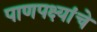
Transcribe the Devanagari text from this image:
पाणपक्ष्यांचे